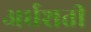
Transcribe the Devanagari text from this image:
अर्धशती